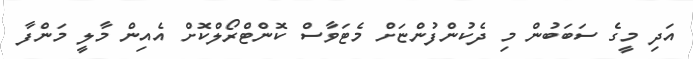
އަދި މީގެ ސަބަބުން މި ދެކުންފުންޏަށް މެޓަވާސް ކޮންޓްރޯލްކޮށް އެއިން މާލީ މަންފާ